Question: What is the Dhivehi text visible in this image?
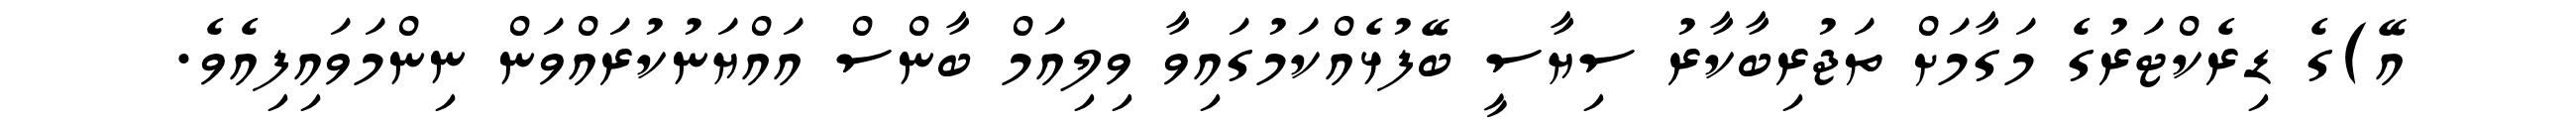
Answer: އޭ)ގެ ޑިރެކްޓަރުގެ މަގާމަށް ތަޖުރިބާކާރު ސިޔާސީ ބޭފުޅެއްކަމުގައިވާ ވިލިއަމް ބާންސް އައްޔަނުކުރައްވަން ނިންމަވައިފިއެވެ.